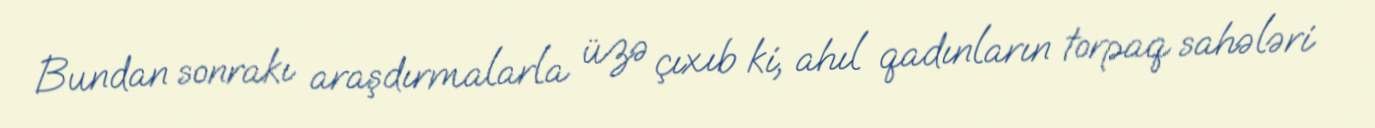
Bundan sonrakı araşdırmalarla üzə çıxıb ki, ahıl qadınların torpaq sahələri